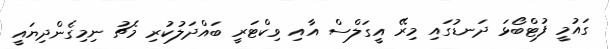
ގައުމީ ފުޓްބޯޅަ ދަނޑުގައި މިރޭ އީގަލްސް އާއި ވިކްޓަރީ ބައްދަލުކުރި މެޗު ނިމިގެންދިޔައީ